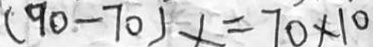
( 9 0 - 7 0 ) x = 7 0 \times 1 0